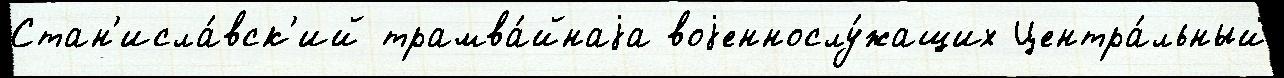
Стан'исла́вск'ий трамва́йнаjа воjеннослу́жащих Центра́льный